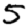
Digit: 5